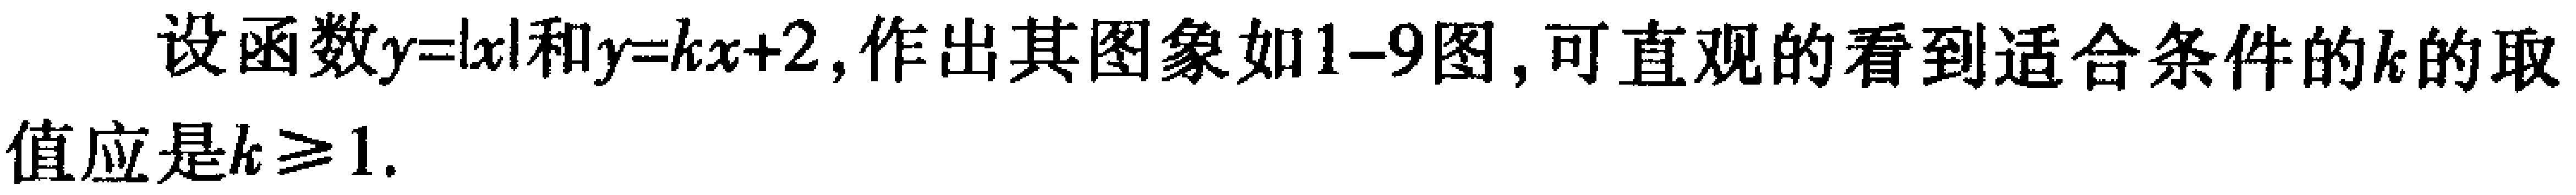
设函数\(y = |x|\)和\(y = kx + 2\)，作出其图象如1-9图，可直观的看到适合条件的\(k\)的取值应是\(k\geq1\).